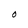
Character: O